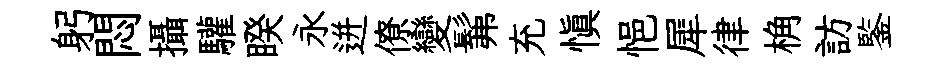
躬悶攝驩睽永迸僚變髴充慎悒犀律桷訪鍳